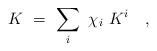
LaTeX: \begin{align*}K \ = \ \sum_i \ \chi_i \ K^i \quad , \end{align*}